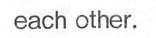
each other.